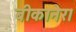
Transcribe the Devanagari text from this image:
बीकानेर।